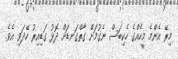
މިރޭ އެންމެ މީހެއްގެ ހެކިބަސް ނެގުމަށް ގާތްގަނޑަށް ދޮޅު ގަޑިއިރު ހޭދަވި އެވެ.